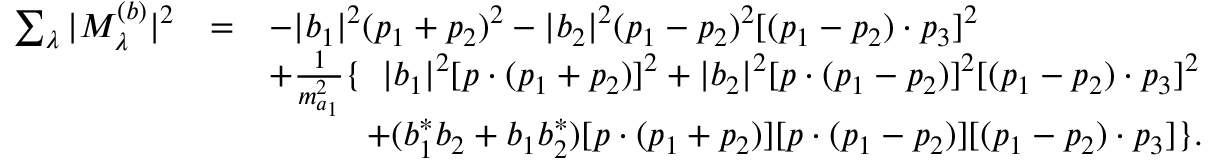
\begin{array} { r c l } { { \sum _ { \lambda } | { \cal M } _ { \lambda } ^ { ( b ) } | ^ { 2 } } } & { { = } } & { { - | b _ { 1 } | ^ { 2 } ( p _ { 1 } + p _ { 2 } ) ^ { 2 } - | b _ { 2 } | ^ { 2 } ( p _ { 1 } - p _ { 2 } ) ^ { 2 } [ ( p _ { 1 } - p _ { 2 } ) \cdot p _ { 3 } ] ^ { 2 } } } \\ { { } } & { { } } & { { + \frac { 1 } { m _ { a _ { 1 } } ^ { 2 } } \{ \; \; | b _ { 1 } | ^ { 2 } [ p \cdot ( p _ { 1 } + p _ { 2 } ) ] ^ { 2 } + | b _ { 2 } | ^ { 2 } [ p \cdot ( p _ { 1 } - p _ { 2 } ) ] ^ { 2 } [ ( p _ { 1 } - p _ { 2 } ) \cdot p _ { 3 } ] ^ { 2 } } } \\ { { } } & { { } } & { { \; \; \; \; \; \; \; \; \; \; + ( b _ { 1 } ^ { * } b _ { 2 } + b _ { 1 } b _ { 2 } ^ { * } ) [ p \cdot ( p _ { 1 } + p _ { 2 } ) ] [ p \cdot ( p _ { 1 } - p _ { 2 } ) ] [ ( p _ { 1 } - p _ { 2 } ) \cdot p _ { 3 } ] \} . } } \end{array}